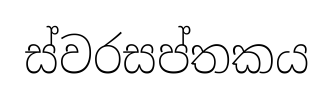
ස්වරසප්තකය